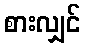
စားလျှင်